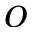
O